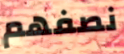
نصفهم